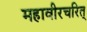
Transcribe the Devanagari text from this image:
महावीरचरित्‌